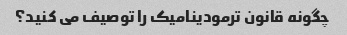
چگونه قانون ترمودینامیک را توصیف می کنید؟